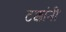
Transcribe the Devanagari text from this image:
टक्कांनी